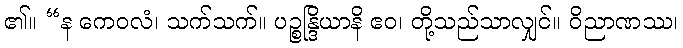
၏။ “န ကေဝလံ၊ သက်သက်။ ပဉ္စန္ဒြိယာနိ ဧဝ၊ တို့သည်သာလျှင်။ ဝိညာဏဿ၊